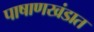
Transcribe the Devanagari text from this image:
पाषाणखंडात